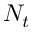
N _ { t }